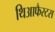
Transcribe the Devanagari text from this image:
थिआफैस्टस